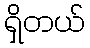
ရှိတယ်